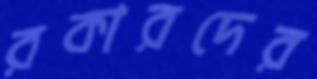
রকারদের